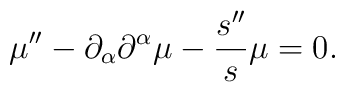
\mu'' - \partial_{\alpha}\partial^{\alpha} \mu - \frac{s''}{s}\mu=0.